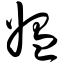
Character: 媪